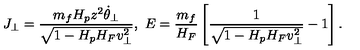
J _ { \perp } = { \frac { m _ { f } H _ { p } z ^ { 2 } \dot { \theta } _ { \perp } } { \sqrt { 1 - H _ { p } H _ { F } v _ { \perp } ^ { 2 } } } } , \ E = { \frac { m _ { f } } { H _ { F } } } \left[ { \frac { 1 } { \sqrt { 1 - H _ { p } H _ { F } v _ { \perp } ^ { 2 } } } } - 1 \right] .